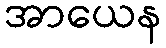
အာယေန